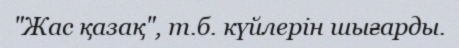
"Жас қазақ", т.б. күйлерін шығарды.